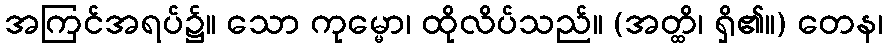
အကြင်အရပ်၌။ သော ကုမ္မော၊ ထိုလိပ်သည်။ (အတ္ထိ၊ ရှိ၏။) တေန၊